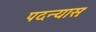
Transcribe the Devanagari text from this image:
पदन्यासः